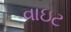
વાઇટ